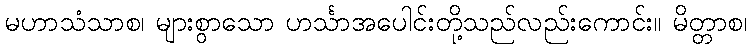
မဟာသံသာစ၊ များစွာသော ဟင်္သာအပေါင်းတို့သည်လည်းကောင်း။ မိတ္တာစ၊